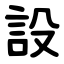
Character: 設